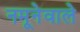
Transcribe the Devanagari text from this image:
नमूनेवाले